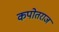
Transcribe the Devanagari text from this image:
कपोतराज